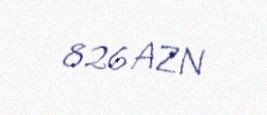
826 AZN